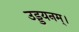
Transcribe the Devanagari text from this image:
उड्डयनम्।